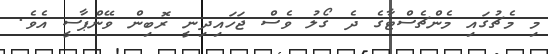
މި މެޗުގައި މެންޗެސްޓާގެ ދެ ގޯލު ވެސް ޖަހައިދިނީ ރޮބިން ވޭންޕާސީ އެވެ.